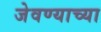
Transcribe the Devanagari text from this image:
जेवण्याच्या